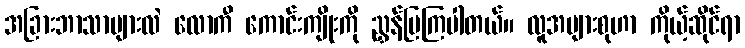
အခြားဘာသာများလဲ လောကီ ကောင်းကျိုးကို ညွှန်ပြကြပါတယ်။ လူအများစုဟာ ကိုယ့်ဆိုင်ရာ